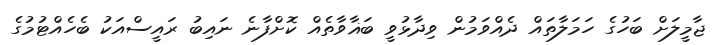
ޖާމީލަށް ބަހުގެ ހަމަލާތައް ދެއްވަމުން ވިދާޅުވީ ބަޣާވާތެއް ކޮށްފާނެ ނައިބު ރައީސްއަކު ބެހެއްޓުމުގެ